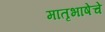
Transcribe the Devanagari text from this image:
मातृभाषेचे